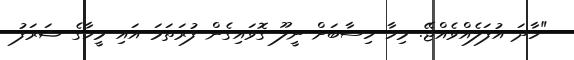
"ހާދަ އުފަލެއްވެއްޖޭ. މިހާ ހިސާބަށް ނީލޫ ގޮވައިގެން ފުރަތަމަ އައި މީހާގެ ޝަރަފު